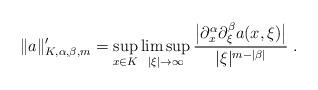
LaTeX: \begin{align*}\|a\|'_{K,\alpha,\beta,m}=\sup_{x\in K}\limsup_{|\xi|\to\infty}\frac{\big|\partial_x^\alpha \partial_\xi^\beta a(x,\xi)\big|}{|\xi|^{m-|\beta|}}\;.\end{align*}